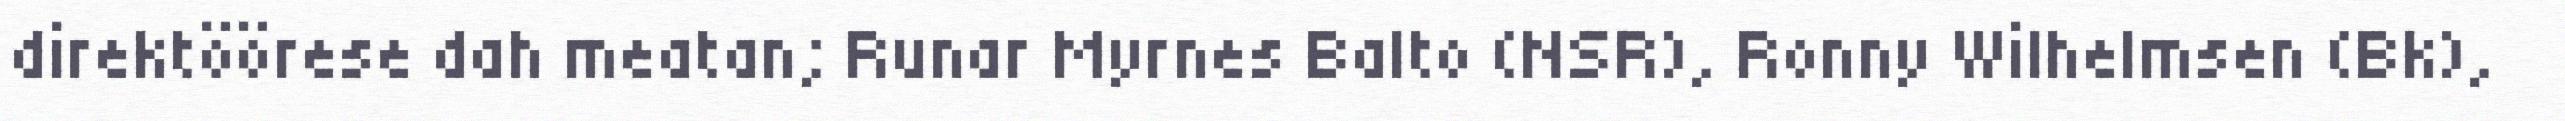
direktöörese dah meatan; Runar Myrnes Balto (NSR), Ronny Wilhelmsen (Bk),